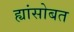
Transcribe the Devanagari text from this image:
ह्यांसोबत